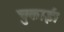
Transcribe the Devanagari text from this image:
चुकाईं।